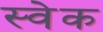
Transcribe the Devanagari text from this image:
स्वेक